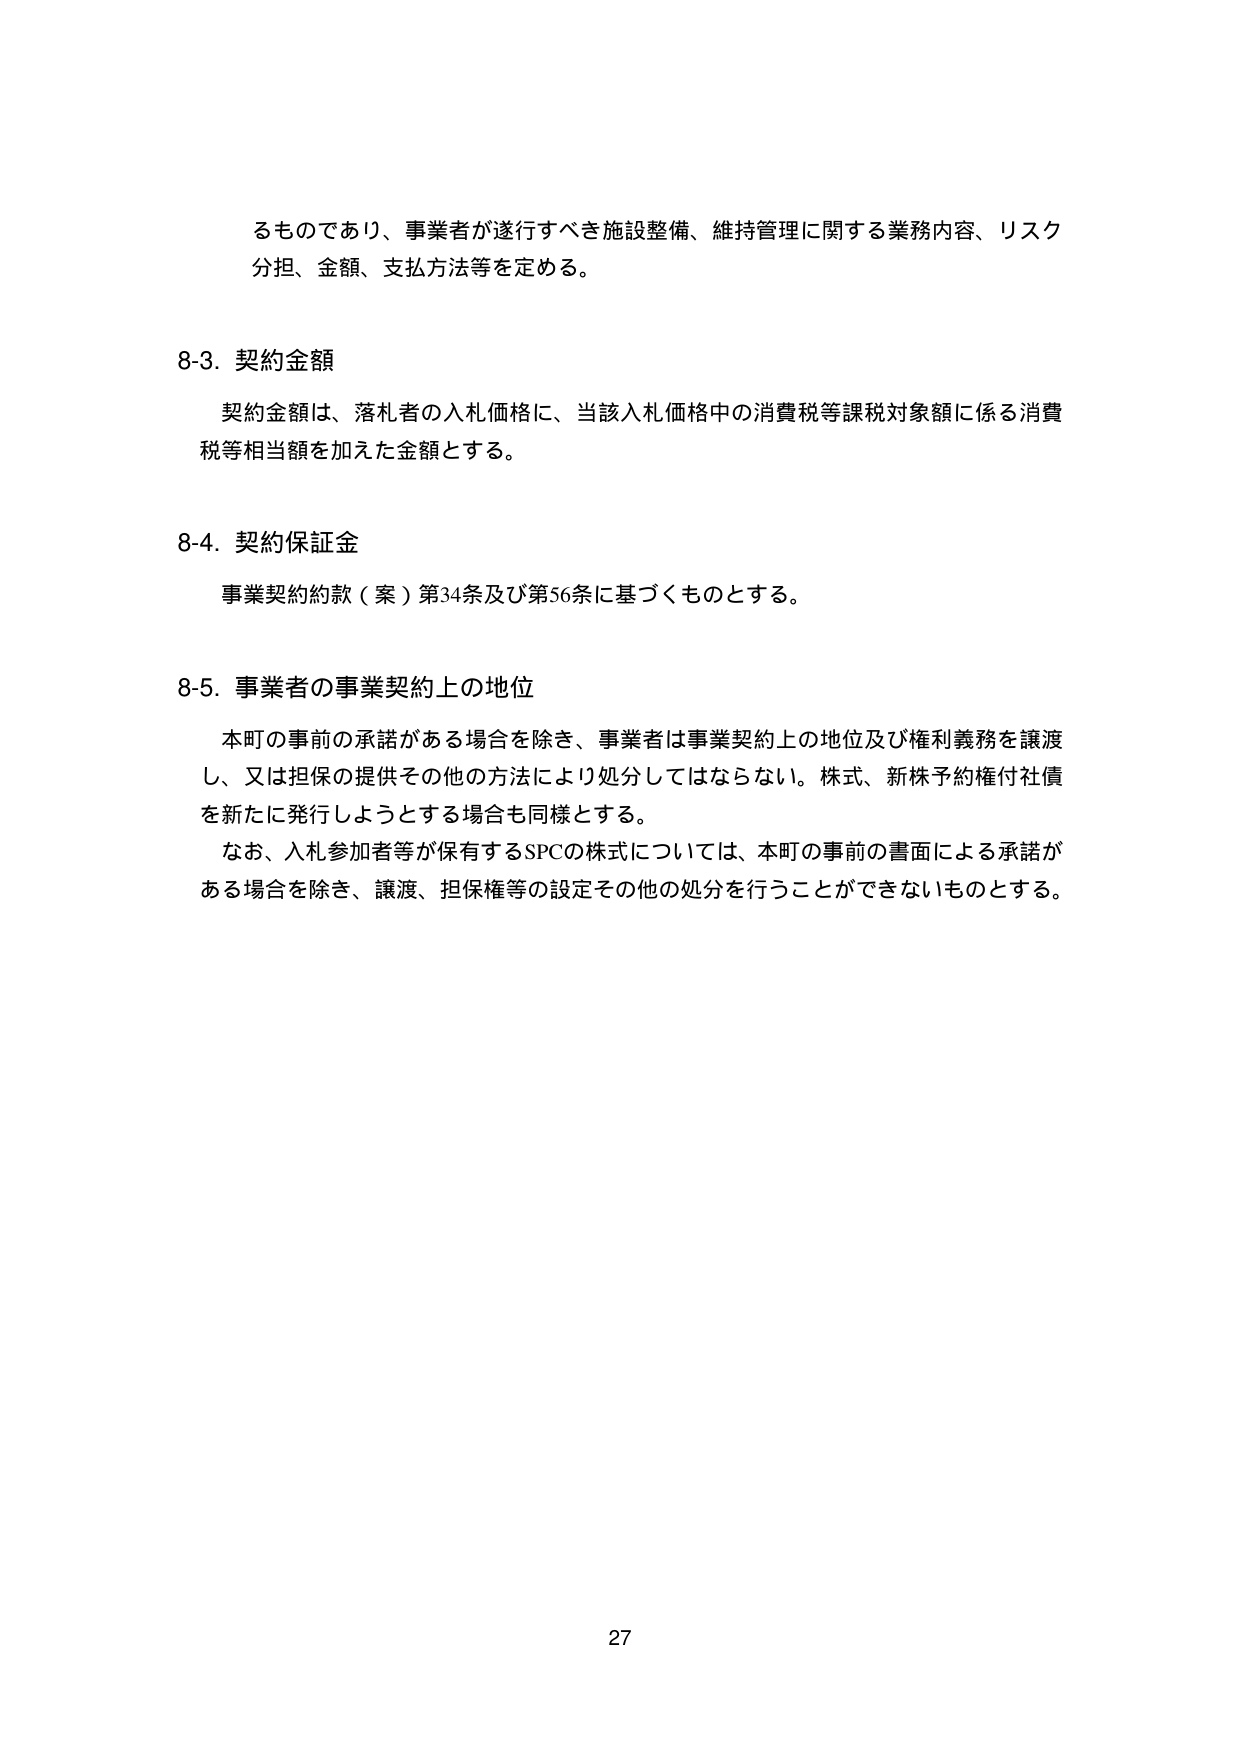
るものであり、事業者が遂行すべき施設整備、維持管理に関する業務内容、リスク分担、金額、支払方法等を定める。

8-3. 契約金額
契約金額は、落札者の入札価格に、当該入札価格中の消費税等課税対象額に係る消費税等相当額を加えた金額とする。

8-4. 契約保証金
事業契約約款（案）第34条及び第56条に基づくものとする。

8-5. 事業者の事業契約上の地位
本町の事前の承諾がある場合を除き、事業者は事業契約上の地位及び権利義務を譲渡し、又は担保の提供その他の方法により処分してはならない。株式、新株予約権付社債を新たに発行しようとする場合も同様とする。
なお、入札参加者等が保有するSPCの株式については、本町の事前の書面による承諾がある場合を除き、譲渡、担保権等の設定その他の処分を行うことができないものとする。

27